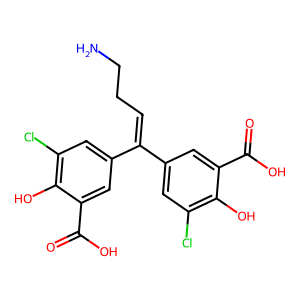
SMILES: NCCC=C(c1cc(Cl)c(O)c(C(=O)O)c1)c1cc(Cl)c(O)c(C(=O)O)c1
Inhibits HIV replication: Yes